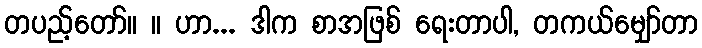
တပည့်တော်။ ။ ဟာ... ဒါက စာအဖြစ် ရေးတာပါ, တကယ်မျှော်တာ